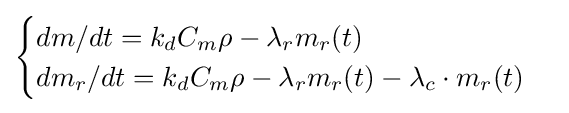
{\begin{cases}{dm/dt}=k_{d}C_{m}\rho -\lambda _{r}m_{r}(t)\\{dm_{r}/dt}=k_{d}C_{m}\rho -\lambda _{r}m_{r}(t)-\lambda _{c}\cdot m_{r}(t)\end{cases}}